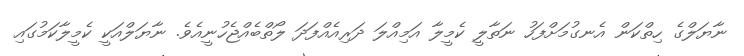
ނާޔަލްގެ ހިތްކަން އެނގުމަށްފަހު ނަތާލީ ކެމީލާ އަމިއްލަ ދަރިއެއްފަދަ ލޯތްބެއްޖެހުނީއެވެ. ނާޔަލްއަކީ ކެމީލާކަމުގައި